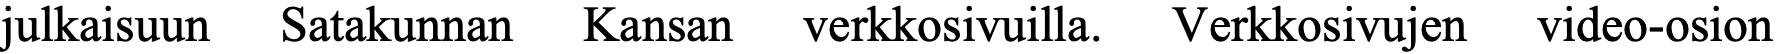
julkaisuun Satakunnan Kansan verkkosivuilla. Verkkosivujen video-osion